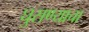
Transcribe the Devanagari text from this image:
घुसण्याचा